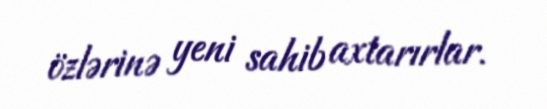
özlərinə yeni sahib axtarırlar.